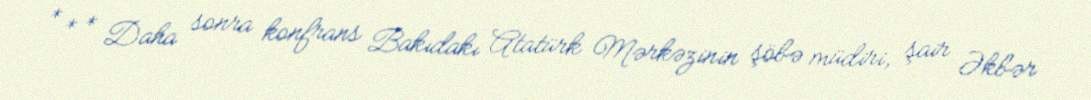
* * * Daha sonra konfrans Bakıdakı Atatürk Mərkəzinin şöbə müdiri, şair Əkbər